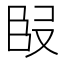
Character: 𭆬